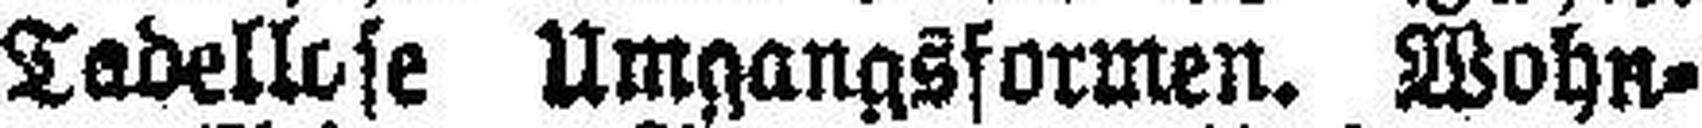
Tadellose Umgangsformen. Wohn¬